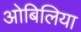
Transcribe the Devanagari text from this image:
ओबिलिया